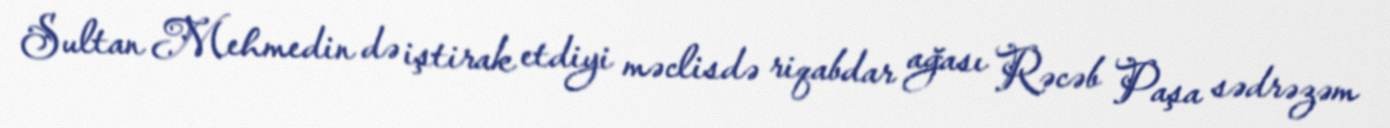
Sultan Mehmedin də iştirak etdiyi məclisdə riqabdar ağası Rəcəb Paşa sədrəzəm